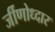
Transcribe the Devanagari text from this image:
र्जीणोध्दार